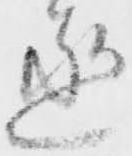
丞